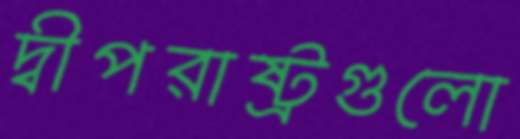
দ্বীপরাষ্ট্রগুলো